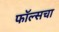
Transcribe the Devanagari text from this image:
फॉल्सचा